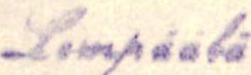
Lempäälä